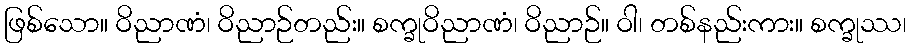
ဖြစ်သော။ ဝိညာဏံ၊ ဝိညာဉ်တည်း။ စက္ခုဝိညာဏံ၊ ဝိညာဉ်။ ဝါ၊ တစ်နည်းကား။ စက္ခုဿ၊